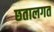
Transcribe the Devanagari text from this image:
छतालगत